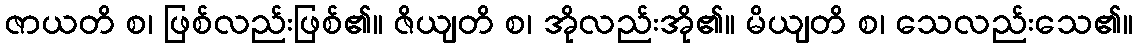
ဇာယတိ စ၊ ဖြစ်လည်းဖြစ်၏။ ဇိယျတိ စ၊ အိုလည်းအို၏။ မိယျတိ စ၊ သေလည်းသေ၏။